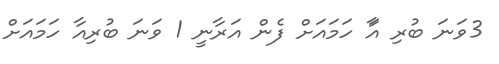
3ވަނަ ބުރި އަާ ހަމައަށް ފެން އަރާނީ 1 ވަނަ ބުރިއާ ހަމައަށް